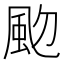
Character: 𩖝